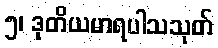
၅၊ ဒုတိယမာရပါသသုတ်